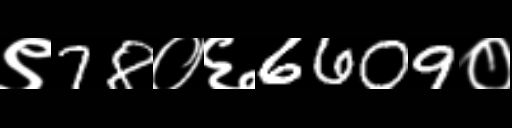
Text: ९78०६6609०